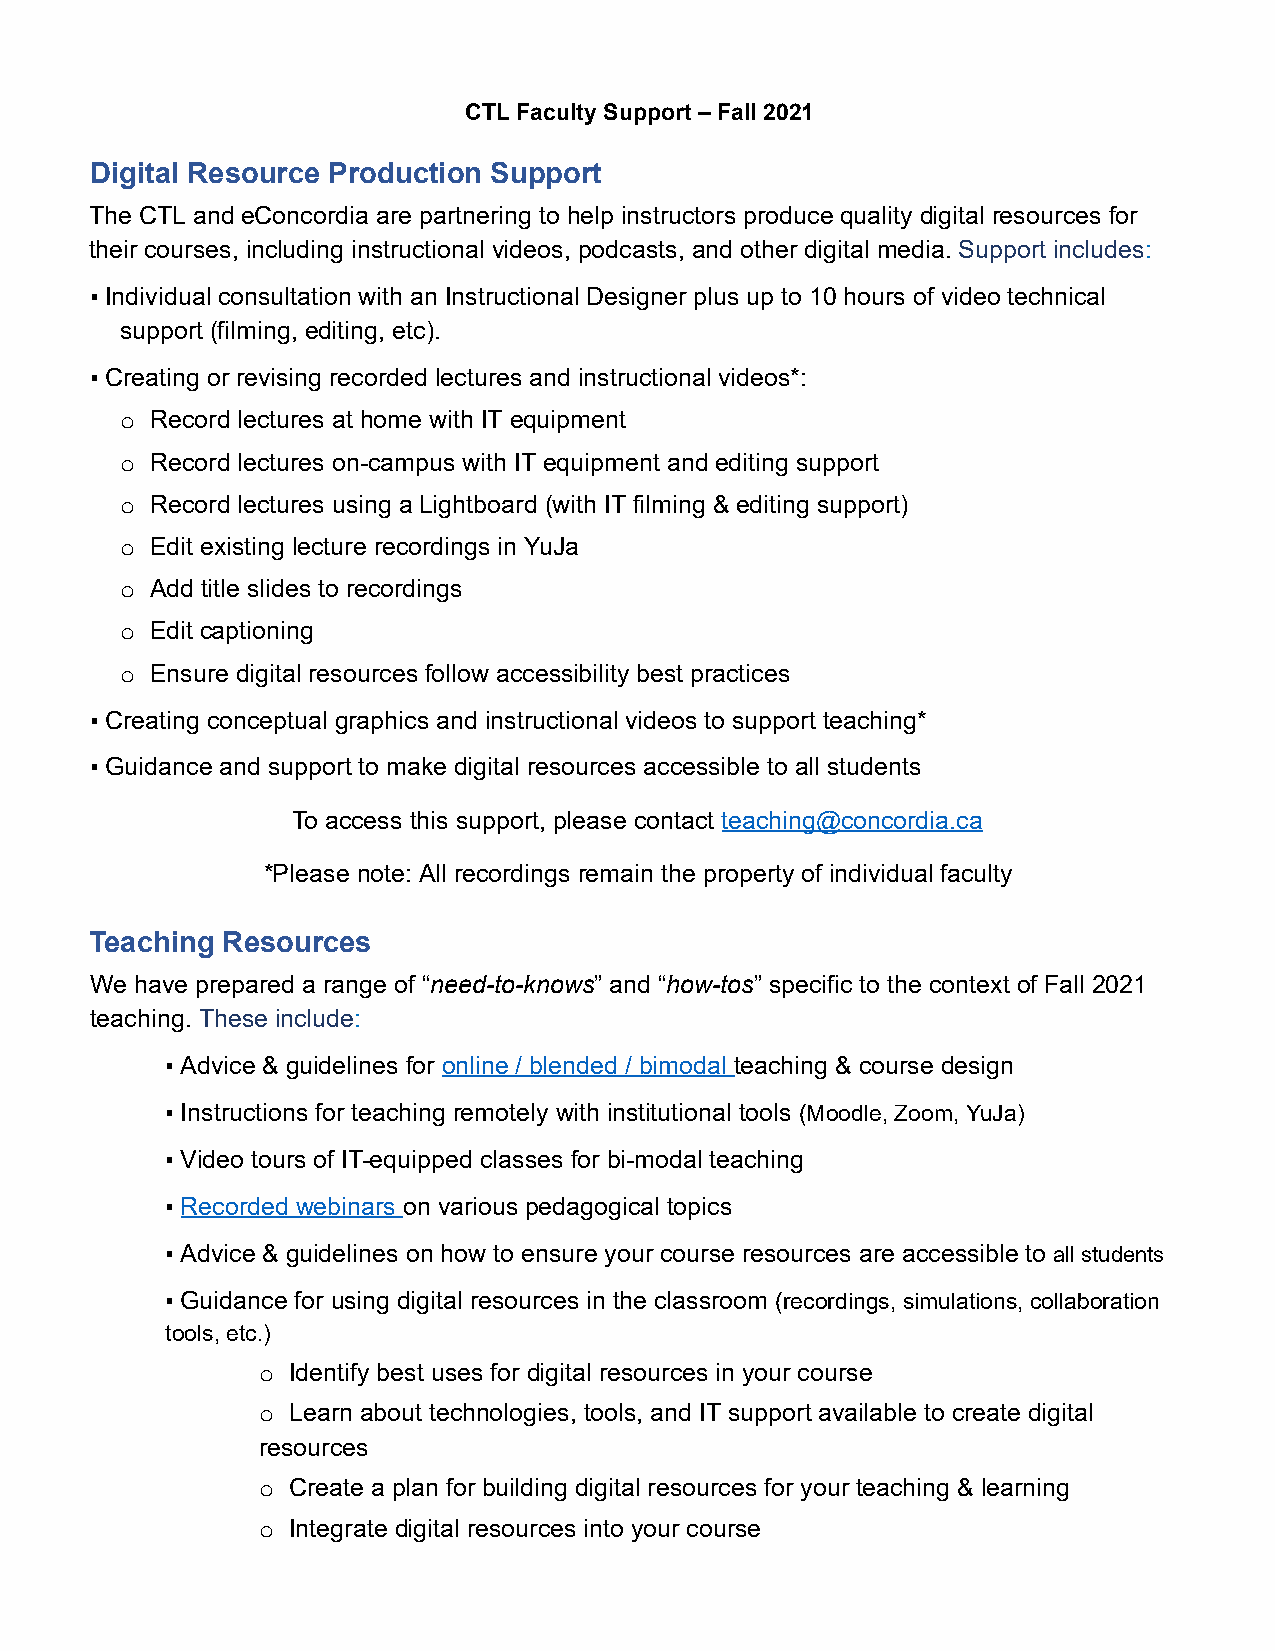
C TL Faculty Support – Fall 2021
 Digital Resource Production Support
 The CTL and eConcordia are partnering to help instructors produce quality digital resources for
 their courses, including instructional videos, podcasts, and other digital media. S upport includes:
 ▪ Individual consultation with an Instructional Designer plus up to 10 hours of video technical
 support (filming, editing, etc).
 ▪ Creating or revising recorded lectures and instructional videos*:
 o R ecord lectures at home with IT equipment
 o R ecord lectures on-campus with IT equipment and editing support
 o R ecord lectures using a Lightboard (with IT filming & editing support)
 o E dit existing lecture recordings in YuJa
 o A dd title slides to recordings
 o E dit captioning
 o E nsure digital resources follow accessibility best practices
 ▪ Creating conceptual graphics and instructional videos to support teaching*
 ▪ Guidance and support to make digital resources accessible to all students
 To access this support, please contact t eaching@concordia.ca
 *Please note: All recordings remain the property of individual faculty
 Teaching Resources
 We have prepared a range of “n eed-to-knows” and “h ow-tos” specific to the context of Fall 2021
 teaching. T hese include:
 ▪ Advice & guidelines for o nline / blended / bimodal teaching & course design
 ▪ Instructions for teaching remotely with institutional tools ( Moodle, Zoom, YuJa)
 ▪ Video tours of IT-equipped classes for bi-modal teaching
 ▪ Recorded webinars on various pedagogical topics
 ▪ Advice & guidelines on how to ensure your course resources are accessible to a ll students
 ▪ Guidance for using digital resources in the classroom ( recordings, simulations, collaboration
 tools, etc.)
 o Identify best uses for digital resources in your course
 o Learn about technologies, tools, and IT support available to create digital
 resources
 o Create a plan for building digital resources for your teaching & learning
 o Integrate digital resources into your course